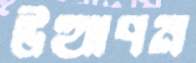
উত্থাপন